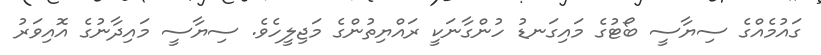
ގައުމެއްގެ ސިޔާސީ ބޯޓުގެ މައިގަނޑު ހުންގާނަކީ ރައްޔިތުންގެ މަޖިލީހެވެ. ސިޔާސީ މައިދާނުގެ އޮއިވަރު